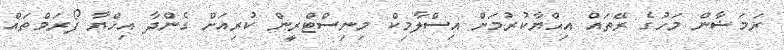
ރަމަަޟާން މަހުގެ ރޭތައް އިޙްޔާކުރުމަށް އިސްލާމިކް މިިނިސްޓްރީން ކުރިއަށް ގެންދާ އިހްޔާ ފޯރަމްތައް